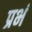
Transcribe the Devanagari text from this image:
प्रभं